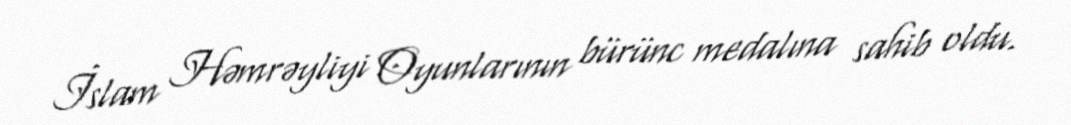
İslam Həmrəyliyi Oyunlarının bürünc medalına sahib oldu.